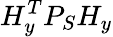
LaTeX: H_{y}^{T}P_{S}H_{y}